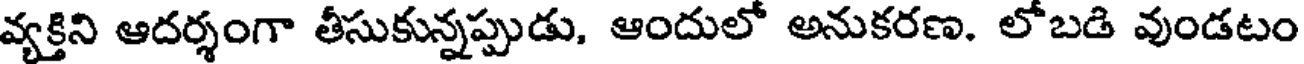
వ్యక్తిని ఆదర్శంగా తీసుకున్నప్పుడు, ఆందులో అనుకరణ. లోబడి వుండటం